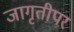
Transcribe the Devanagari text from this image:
जागृतीपर